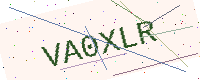
Text: VA0XLR